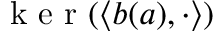
\mathrm { ~ k ~ e ~ r ~ } ( \left< \boldsymbol { b } ( \boldsymbol { a } ) , \cdot \right> )